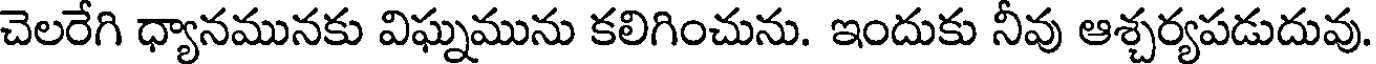
చెలరేగి ధ్యానమునకు విఘ్నమును కలిగించును. ఇందుకు నీవు ఆశ్చర్యపడుదువు